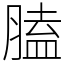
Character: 䐦